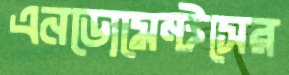
এনডোমেন্টসের